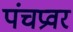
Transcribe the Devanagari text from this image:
पंचप्रवर